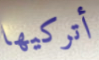
أتركيها